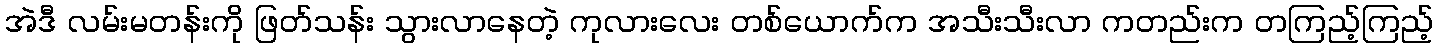
အဲဒီ လမ်းမတန်းကို ဖြတ်သန်း သွားလာနေတဲ့ ကုလားလေး တစ်ယောက်က အသီးသီးလာ ကတည်းက တကြည့်ကြည့်